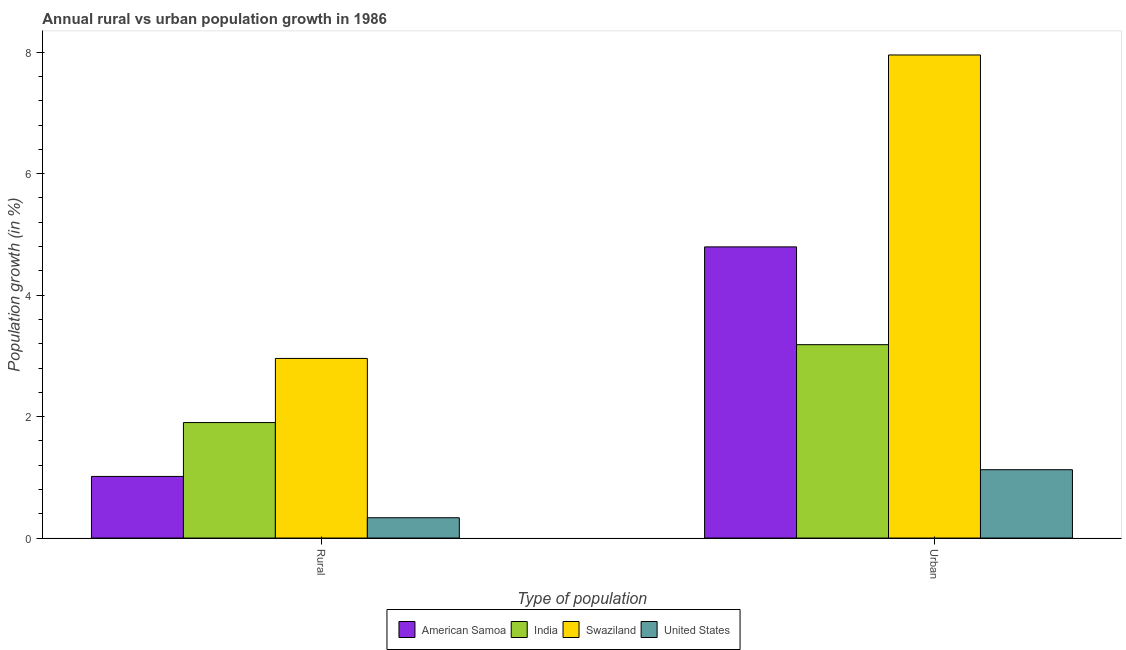
| Type of population | American Samoa | India | Swaziland | United States |
 | --- | --- | --- | --- | --- |
 | Rural | 1.01 | 1.9 | 2.96 | 0.334 |
 | Urban  | 4.79 | 3.18 | 7.96 | 1.13 |